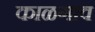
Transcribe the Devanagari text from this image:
काळगाव